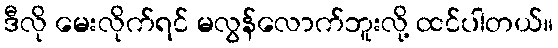
ဒီလို မေးလိုက်ရင် မလွန်လောက်ဘူးလို့ ထင်ပါတယ်။